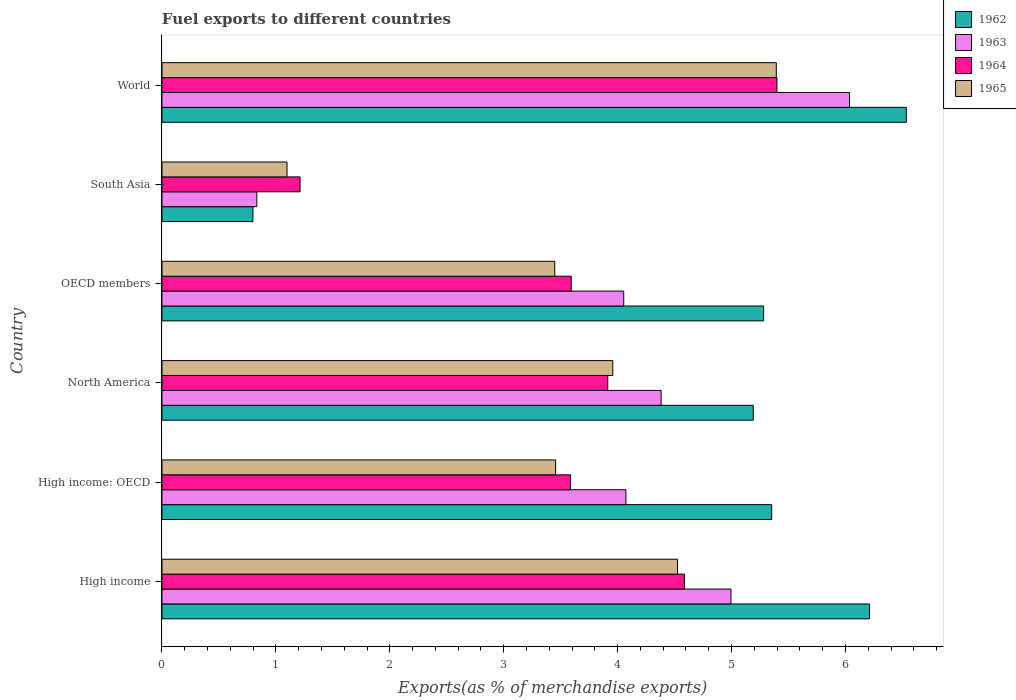
| Country | 1962 | 1963 | 1964 | 1965 |
 | --- | --- | --- | --- | --- |
 | High income | 6.21 | 5 | 4.59 | 4.53 |
 | High income: OECD | 5.35 | 4.07 | 3.59 | 3.46 |
 | North America | 5.19 | 4.38 | 3.91 | 3.96 |
 | OECD members | 5.28 | 4.05 | 3.59 | 3.45 |
 | South Asia | 0.799 | 0.833 | 1.21 | 1.1 |
 | World | 6.53 | 6.04 | 5.4 | 5.39 |